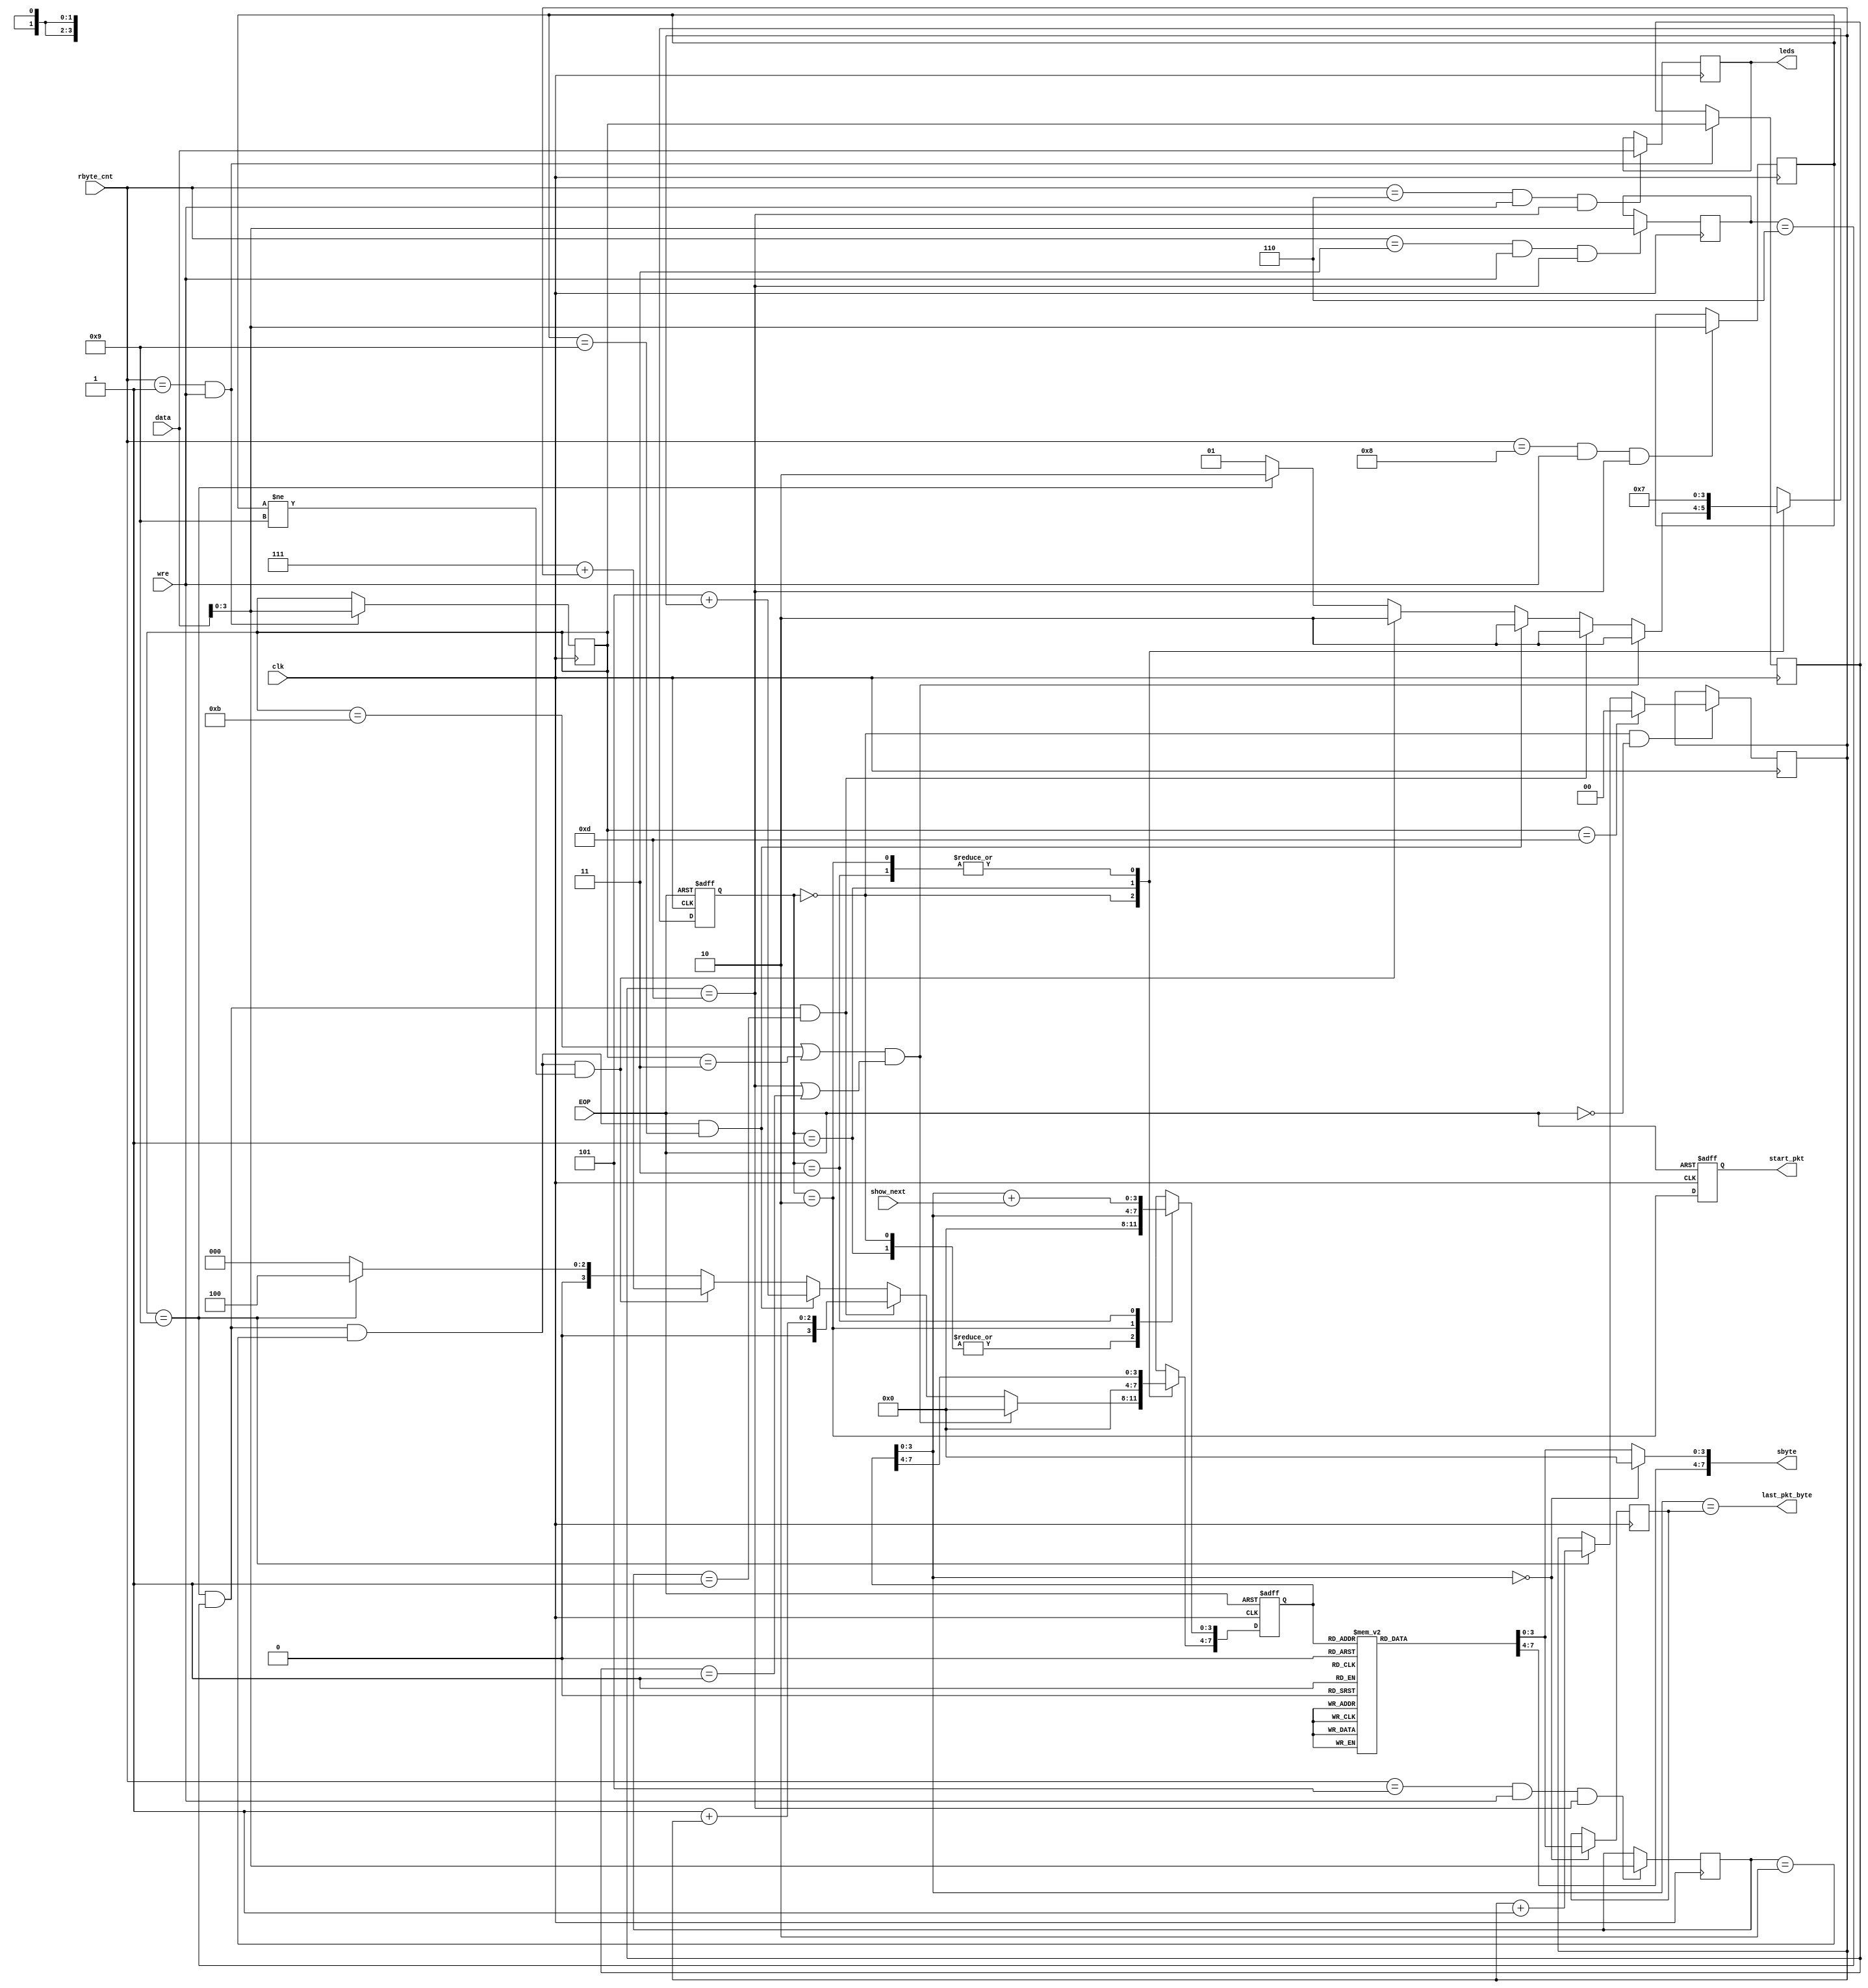
`timescale 1ns / 1ps
//////////////////////////////////////////////////////////////////////////////////
// Company: 
// Engineer: 
// 
// Design Name: 
// Module Name:    ls_usb_core 
// Project Name: 
// Target Devices: 
// Tool versions: 
// Description: 
//
// Dependencies: 
//
// Revision: 
// Revision 0.01 - File Created
// Additional Comments: 
//
//////////////////////////////////////////////////////////////////////////////////
module ls_usb_core(
	input wire clk,
	input wire EOP,
	input wire [7:0] data,
	input wire wre,
	input wire [3:0] rbyte_cnt,
	input wire show_next,
	
	output reg [7:0] sbyte,
	output reg start_pkt,
	output reg last_pkt_byte,
	output reg [7:0] leds
    );

reg [3:0] pid0;
reg [3:0] pid1;
reg [1:0] toggle;

always @ (posedge clk)
begin
	if ((rbyte_cnt == 4'h1) & wre)
	begin
		pid1 <= pid0;
		pid0 <= data[3:0];
	end
end

reg [3:0] setup_req;
always @ (posedge clk)
begin
	if ((rbyte_cnt == 4'h3) & wre & (pid1 == 4'hd))
		setup_req <= data[3:0];
end

always @ (posedge clk)
begin
	if ((rbyte_cnt == 4'h6) & wre & (pid1 == 4'hd))
		leds <= data[7:0];
end

reg [3:0] setup_val;
always @ (posedge clk)
begin
	if ((rbyte_cnt == 4'h5) & wre & (pid1 == 4'hd))
		setup_val <= data[3:0];
end

reg [3:0] setup_len;
always @ (posedge clk)
begin
	if ((rbyte_cnt == 4'h8) & wre & (pid1 == 4'hd))
		setup_len <= data[3:0];
end

reg [7:0] sptr;
reg [7:0] sb;

always @ *
begin
	case (sptr)
		8'h00: sb = 8'h81;
		8'h01: sb = 8'hd2;
		8'h02: sb = 8'h00;
		8'h03: sb = 8'h00;
		8'h04: sb = 8'h00;
		8'h05: sb = 8'h00;
		8'h06: sb = 8'h00;
		8'h07: sb = 8'h00;
		8'h08: sb = 8'h00;
		8'h09: sb = 8'h00;
		8'h0a: sb = 8'h00;
		8'h0b: sb = 8'h00;
		8'h0c: sb = 8'h00;
		8'h0d: sb = 8'h00;
		8'h0e: sb = 8'h00;
		8'h0f: sb = 8'h00;

		8'h10: sb = 8'h8b;
		8'h11: sb = 8'h4b;
		8'h12: sb = 8'h12;
		8'h13: sb = 8'h01;
		8'h14: sb = 8'h00;
		8'h15: sb = 8'h01;
		8'h16: sb = 8'hff;
		8'h17: sb = 8'h00;
		8'h18: sb = 8'h00;
		8'h19: sb = 8'h08;
		8'h1a: sb = 8'h23;
		8'h1b: sb = 8'hf3;
		8'h1c: sb = 8'h00;
		8'h1d: sb = 8'h00;
		8'h1e: sb = 8'h00;
		8'h1f: sb = 8'h00;

		8'h20: sb = 8'h8b;
		8'h21: sb = 8'hc3;
		8'h22: sb = 8'hb9;
		8'h23: sb = 8'h04;
		8'h24: sb = 8'h00;
		8'h25: sb = 8'h03;
		8'h26: sb = 8'h00;
		8'h27: sb = 8'h02;
		8'h28: sb = 8'h02;
		8'h29: sb = 8'h00;
		8'h2a: sb = 8'hd5;
		8'h2b: sb = 8'h8a;
		8'h2c: sb = 8'h00;
		8'h2d: sb = 8'h00;
		8'h2e: sb = 8'h00;
		8'h2f: sb = 8'h00;

		8'h30: sb = 8'h85;
		8'h31: sb = 8'h4b;
		8'h32: sb = 8'h00;
		8'h33: sb = 8'h01;
		8'h34: sb = 8'h3f;
		8'h35: sb = 8'h8f;
		8'h36: sb = 8'h00;
		8'h37: sb = 8'h00;
		8'h38: sb = 8'h00;
		8'h39: sb = 8'h00;
		8'h3a: sb = 8'h00;
		8'h3b: sb = 8'h00;
		8'h3c: sb = 8'h00;
		8'h3d: sb = 8'h00;
		8'h3e: sb = 8'h00;
		8'h3f: sb = 8'h00;

		8'h40: sb = 8'h83;
		8'h41: sb = 8'h4b;
		8'h42: sb = 8'h00;
		8'h43: sb = 8'h00;
		8'h44: sb = 8'h00;
		8'h45: sb = 8'h00;
		8'h46: sb = 8'h00;
		8'h47: sb = 8'h00;
		8'h48: sb = 8'h00;
		8'h49: sb = 8'h00;
		8'h4a: sb = 8'h00;
		8'h4b: sb = 8'h00;
		8'h4c: sb = 8'h00;
		8'h4d: sb = 8'h00;
		8'h4e: sb = 8'h00;
		8'h4f: sb = 8'h00;

		8'h50: sb = 8'h8b;
		8'h51: sb = 8'h4b;
		8'h52: sb = 8'h09;
		8'h53: sb = 8'h02;
		8'h54: sb = 8'h14;
		8'h55: sb = 8'h00;
		8'h56: sb = 8'h01;
		8'h57: sb = 8'h01;
		8'h58: sb = 8'h00;
		8'h59: sb = 8'h80;
		8'h5a: sb = 8'h0e;
		8'h5b: sb = 8'hd6;
		8'h5c: sb = 8'h00;
		8'h5d: sb = 8'h00;
		8'h5e: sb = 8'h00;
		8'h5f: sb = 8'h00;

		8'h60: sb = 8'h84;
		8'h61: sb = 8'hc3;
		8'h62: sb = 8'h0d;
		8'h63: sb = 8'h81;
		8'h64: sb = 8'h7a;
		8'h65: sb = 8'h00;
		8'h66: sb = 8'h00;
		8'h67: sb = 8'h00;
		8'h68: sb = 8'h00;
		8'h69: sb = 8'h00;
		8'h6a: sb = 8'h00;
		8'h6b: sb = 8'h00;
		8'h6c: sb = 8'h00;
		8'h6d: sb = 8'h00;
		8'h6e: sb = 8'h00;
		8'h6f: sb = 8'h00;

		8'h70: sb = 8'h8b;
		8'h71: sb = 8'h4b;
		8'h72: sb = 8'h09;
		8'h73: sb = 8'h02;
		8'h74: sb = 8'h14;
		8'h75: sb = 8'h00;
		8'h76: sb = 8'h01;
		8'h77: sb = 8'h01;
		8'h78: sb = 8'h00;
		8'h79: sb = 8'h80;
		8'h7a: sb = 8'h0e;
		8'h7b: sb = 8'hd6;
		8'h7c: sb = 8'h00;
		8'h7d: sb = 8'h00;
		8'h7e: sb = 8'h00;
		8'h7f: sb = 8'h00;

		8'h80: sb = 8'h8b;
		8'h81: sb = 8'hc3;
		8'h82: sb = 8'h0d;
		8'h83: sb = 8'h09;
		8'h84: sb = 8'h04;
		8'h85: sb = 8'h00;
		8'h86: sb = 8'h00;
		8'h87: sb = 8'h00;
		8'h88: sb = 8'hff;
		8'h89: sb = 8'h00;
		8'h8a: sb = 8'ha7;
		8'h8b: sb = 8'h19;
		8'h8c: sb = 8'h00;
		8'h8d: sb = 8'h00;
		8'h8e: sb = 8'h00;
		8'h8f: sb = 8'h00;

		8'h90: sb = 8'h87;
		8'h91: sb = 8'h4b;
		8'h92: sb = 8'h00;
		8'h93: sb = 8'h00;
		8'h94: sb = 8'h02;
		8'h95: sb = 8'h40;
		8'h96: sb = 8'hff;
		8'h97: sb = 8'h4b;
		8'h98: sb = 8'h00;
		8'h99: sb = 8'h00;
		8'h9a: sb = 8'h00;
		8'h9b: sb = 8'h00;
		8'h9c: sb = 8'h00;
		8'h9d: sb = 8'h00;
		8'h9e: sb = 8'h00;
		8'h9f: sb = 8'h00;
		
		default:
			sb = 8'h00;
	endcase
end

reg [1:0] state;
reg [3:0] pkt_len;

always @(posedge clk)
begin
    if(sptr[3:0]==4'h0)
        pkt_len <= sb[3:0];
end

always @*
begin
    if(sptr[3:0]==4'h0)    
        sbyte = {sb[7:4],4'b0000};
    else
        sbyte = sb;

    last_pkt_byte = (sptr[3:0]==pkt_len);
end

always @(posedge clk)
begin
    if( (state==0) & (!EOP) )
    begin
        if(pid0==4'hd) //0x2D
            toggle <= 2'b00;
        else
        if(pid0==4'h9) //0x69
            toggle <= toggle + 1'b1;
    end
end

always @(posedge clk or posedge EOP)
begin
    if(EOP)
    begin
        //kind of reset
        start_pkt <= 1'b0;
        state <= 0;
        sptr  <= 8'h00;
    end
    else
    begin
        start_pkt <= (state==2'b10);

        case(state)
        0:
            begin
                //do nothing but just after EOP check last PIDs
                if( ((pid0==4'hb) | (pid0==4'h3)) & ((pid1==4'hd) | (pid1==4'h1)) ) // (0x4b or 0xc3) and (0x2d and 0xE1) 
                begin
                    state <= 2;            //should send packet
                    sptr[7:4] <= 4'h0;    //packet will be ACK
                    sptr[3:0] <= 4'h0;
                end
                else
                if( (pid0==4'h9)&(setup_req==4'h6)&(setup_val==4'h1))
                begin
                    state <= 2;            //should send packet
                    sptr[7:4] <= 4'h1+toggle;    //packet will be config descriptor
                    sptr[3:0] <= 4'h0;
                end
                else
                if( (pid0==4'h9)&(setup_req==4'h6)&(setup_val==4'h2)&(setup_len==4'h9))
                begin
                    state <= 2;            //should send packet
                    sptr[7:4] <= 4'h5+toggle;    //packet will be config descriptor configuration
                    sptr[3:0] <= 4'h0;
                end
                else
                if( (pid0==4'h9)&(setup_req==4'h6)&(setup_val==4'h2)&(setup_len!=4'h9))
                begin
                    state <= 2;            //should send packet
                    sptr[7:4] <= 4'h7+toggle;    //packet will be config descriptor configuration
                    sptr[3:0] <= 4'h0;
                end
                else
                if(pid0==4'h9)
                begin
                    state <= 2;            //should send packet
                    sptr[7:4] <= 4'h4;    //empty IN
                    sptr[3:0] <= 4'h0;
                end
                else
                begin
                    state <= 1; //should do nothing
                    sptr<=8'h00;
                end 
            end
        1:
            begin
                //do nothing
                state <= 1;
                sptr  <= 8'h00;
            end
        2:
            begin
                //initiate send packet
                state <= 3;
                sptr  <= sptr;
            end
        3:
            begin
                state <= 3;
                sptr[3:0] <= sptr[3:0] + show_next;
                sptr[7:4] <= sptr[7:4];
            end
        endcase
    end
end

endmodule